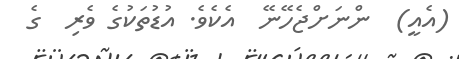
(އެއީ)  ންނަށްޖެހޭނޭ  އެކެވެ. އުޑުތަކުގެ ވެރި  ގެ